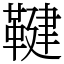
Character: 鞬